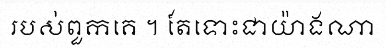
របស់ពួកគេ ។ តែទោះជាយ៉ាងណា